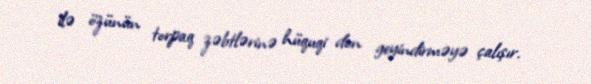
ilə özünün torpaq zəbtlərinə hüquqi don geyindirməyə çalışır.